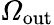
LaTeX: {\mathit\Omega}_{\mathrm{{out}}}